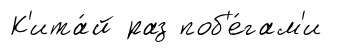
К'ита́й раз поб'е́гам'и